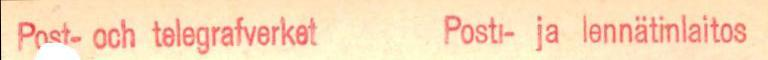
Post- och telegrafverket  Posti- ja lennätinlaitos